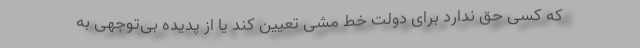
که کسی حق ندارد برای دولت خط مشی تعیین کند یا از پدیده بی‌توجهی به